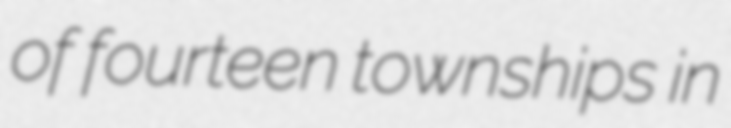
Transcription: of fourteen townships in